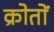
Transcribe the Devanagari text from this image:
क्रोतों